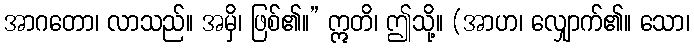
အာဂတော၊ လာသည်။ အမှိ၊ ဖြစ်၏။” ဣတိ၊ ဤသို့။ (အာဟ၊ လျှောက်၏။ သော၊